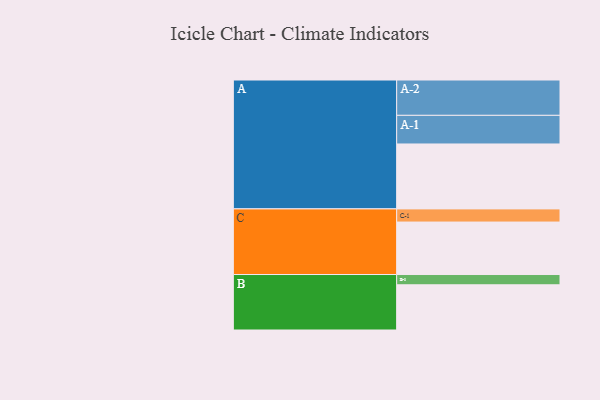
{"axis": {"x": "Segment", "y": "Value"}, "legend": ["", "A", "B", "C"], "data": [{"x": "A", "y": 474, "type": ""}, {"x": "B", "y": 330, "type": ""}, {"x": "C", "y": 383, "type": ""}, {"x": "A-1", "y": 209, "type": "A"}, {"x": "A-2", "y": 258, "type": "A"}, {"x": "B-1", "y": 75, "type": "B"}, {"x": "C-1", "y": 96, "type": "C"}]}